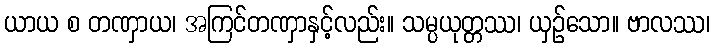
ယာယ စ တဏှာယ၊ အကြင်တဏှာနှင့်လည်း။ သမ္ပယုတ္တဿ၊ ယှဉ်သော။ ဗာလဿ၊